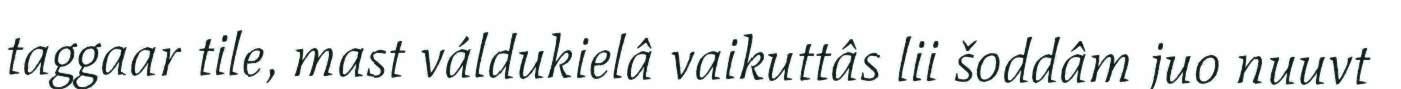
taggaar tile, mast váldukielâ vaikuttâs lii šoddâm juo nuuvt